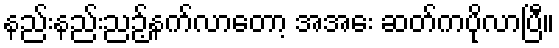
နည်းနည်းညဉ့်နက်လာတော့ အအေး ဆတ်ကပိုလာပြီ။